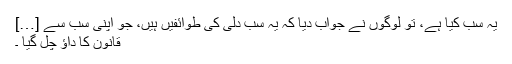
یہ سب کیا ہے، تو لوگوں نے جواب دیا کہ یہ سب دلّی کی طوائفیں ہیں، جو اپنی سب سے […]
قانون کا داؤ چل گیا ۔